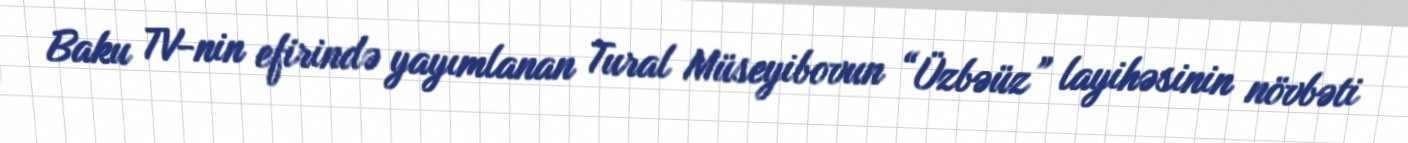
Baku TV-nin efirində yayımlanan Tural Müseyibovun “Üzbəüz” layihəsinin növbəti